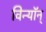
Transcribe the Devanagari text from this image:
विन्यॉन्